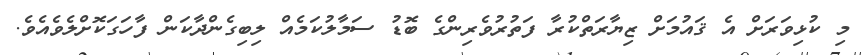
މި ކުޅިވަރަށް އެ ޤައުމަށް ޒިޔާރަތްކުރާ ފަތުރުވެރިންގެ ބޮޑު ސަމާލުކަމެއް ލިބިގެންދާކަން ފާހަގަކޮށްލެވެއެވެ.